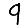
Digit: 9